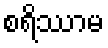
စရိဿာမ